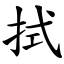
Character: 拭